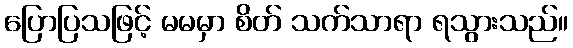
ပြောပြသဖြင့် မမမှာ စိတ် သက်သာရာ ရသွားသည်။